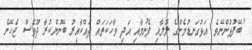
"ބޭފުޅުންނޭވެ. އަޅުގަނޑުމެންގެ ލޮލާއި ފެނުމާއި އަދި ވާހަކަތައް ދައްކާއިރު ބޭނުންކުރާ ދޫވެސް ޖެހޭނެ